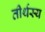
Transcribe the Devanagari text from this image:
तीर्थस्य